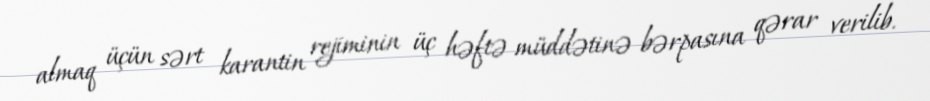
almaq üçün sərt karantin rejiminin üç həftə müddətinə bərpasına qərar verilib.